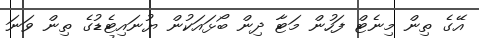
އޭގެ ތިން މިނެޓް ފަހުން މަޓާ ދިން ބޯޅައަކުން ޔުނައިޓެޑުގެ ތިން ވަނަ